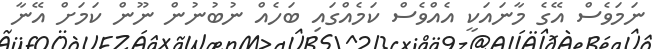
ނަމަވެސް އޭގެ މާނައަކީ އެއްވެސް ކަމެއްގައި ބަހެއް ނުބުނުން ނޫން ކަމަށް އޭނާ